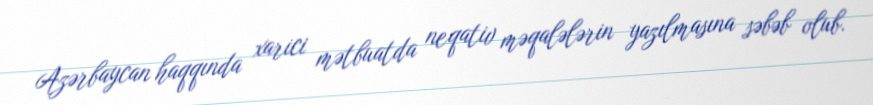
Azərbaycan haqqında xarici mətbuatda neqativ məqalələrin yazılmasına səbəb olub.